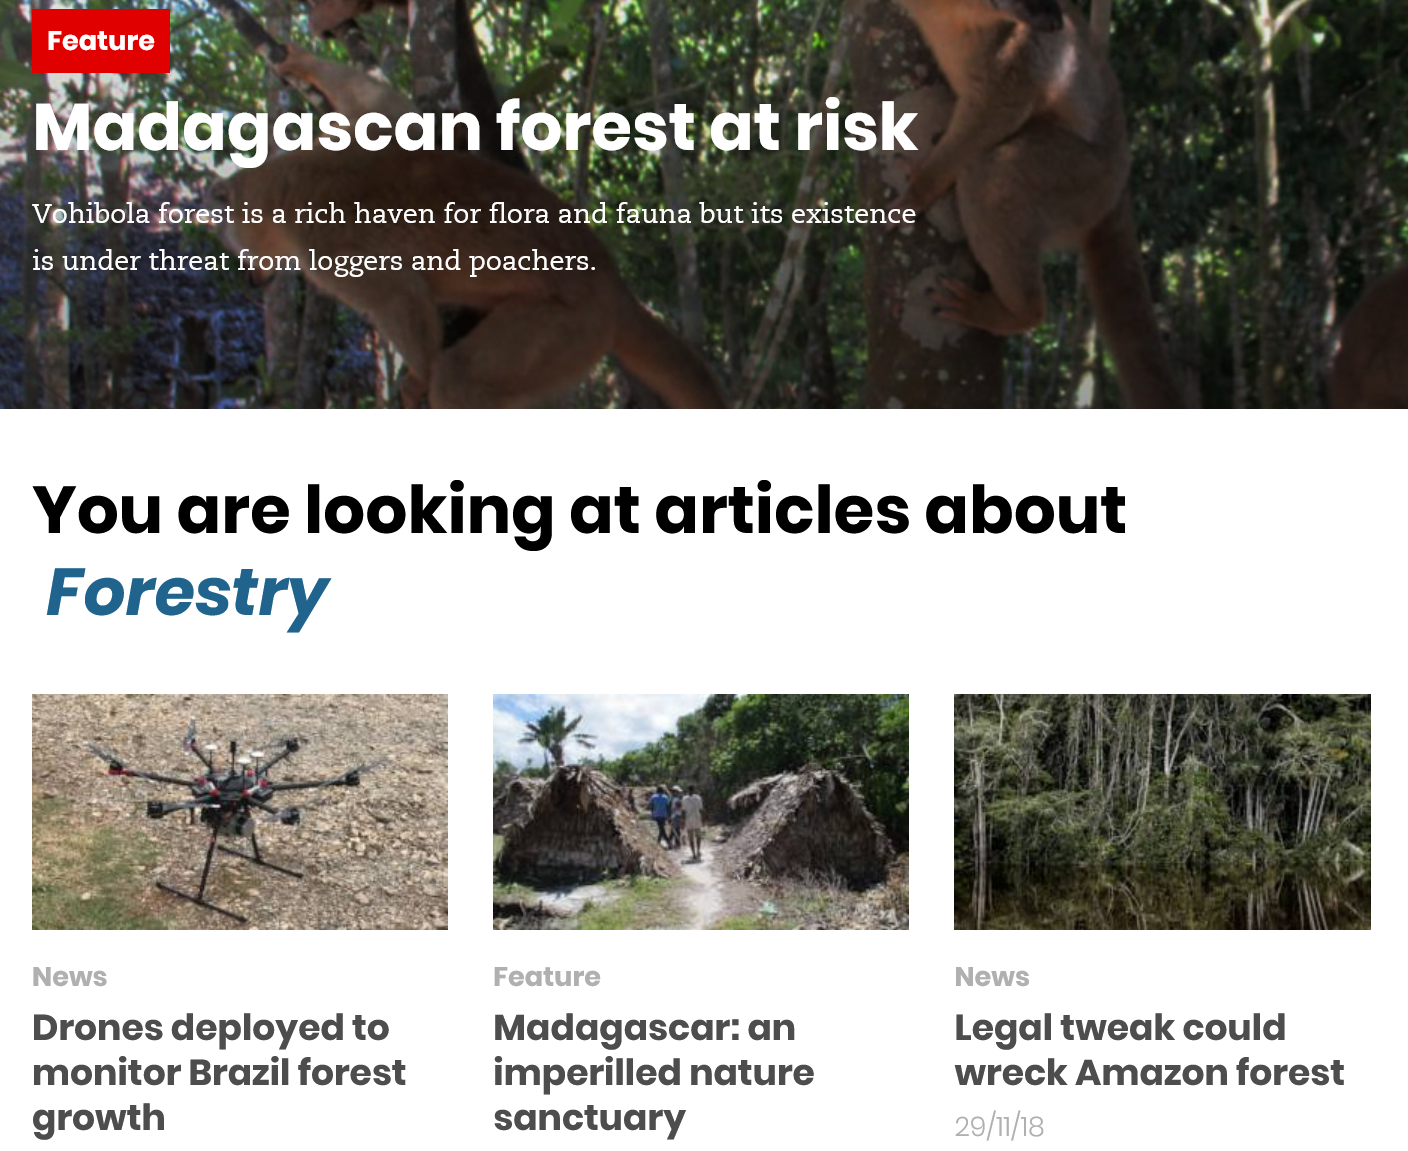
bate tei)
    vw
     2   a4 .
     See
     me
     »   S
   Vehibola forest is a rich haven for flora and fauna but its existence
     n
   is under threat from loggers and poachers.
   LN foe   Fee] EteTR    ele    ieei    aa  ty
   You    are    looking    at    articles    about
    Forestry
   Drones   deployed   to
   monitor Brazil   forest
   growth
     Madagascar:    an
     imperilled   nature
     sanctuary
     Legal  tweak   could
     wreck   Amazon  forest
     29/1/18
     News Feature News